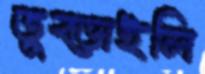
তুব্‌ড়াইলি